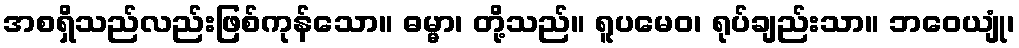
အစရှိသည်လည်းဖြစ်ကုန်သော။ ဓမ္မာ၊ တို့သည်။ ရူပမေဝ၊ ရုပ်ချည်းသာ။ ဘဝေယျုံ၊